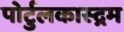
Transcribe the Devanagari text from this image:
पोर्टुलकास्द्रम